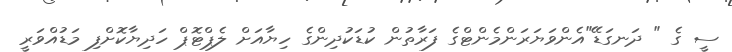
ސީ ގެ " ދަނގަޑޭ"އެންވަޔަރަންމެންޓްގެ ފަރާތުން ކުޑަކުދިންގެ ހިޔާއަށް ލެޕްޓޮޕް ހަދިޔާކޮށްފި މަޑުއްވަރީ